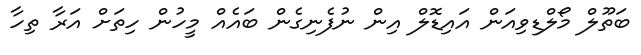
ބަތޫލް މޯލްޑިވިއަން އައިޑޮލް އިން ނުފެނިގެން ބައެއް މީހުން ހިތަށް އަރާ ތިހާ